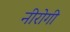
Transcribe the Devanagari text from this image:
नीरोगी